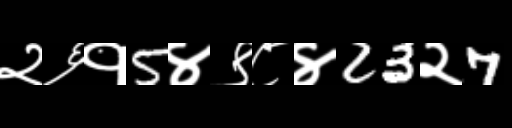
Text: २६१5४९८४23२7